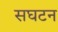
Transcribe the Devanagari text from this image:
सघटन